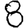
Digit: 8